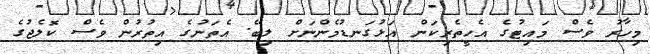
މިހާރު ވެސް މައިޓުގެ އެހީތެރިކަން އަޅުގަނޑުމެންނަށް ލިބޭ. އެތަނުގެ އިތުރުން ވެސް ކޮލެޖުގެ